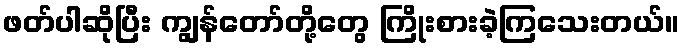
ဖတ်ပါဆိုပြီး ကျွန်တော်တို့တွေ ကြိုးစားခဲ့ကြသေးတယ်။